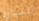
للسيارة